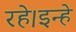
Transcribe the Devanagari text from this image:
रहे।इन्हे